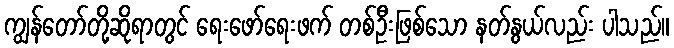
ကျွန်တော်တို့ဆိုရာတွင် ရေးဖော်ရေးဖက် တစ်ဦးဖြစ်သော နတ်နွယ်လည်း ပါသည်။